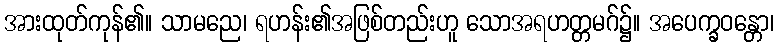
အားထုတ်ကုန်၏။ သာမညေ၊ ရဟန်း၏အဖြစ်တည်းဟူ သောအရဟတ္တမဂ်၌။ အပေက္ခဝန္တော၊